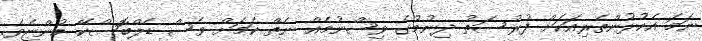
ނަމަ އެކުޅުންތެރިއަކަށް ފުރުސަތު ދިނުމުގެ ވިސްނުމެއް ނެތް ކަމަށް ވެސް ޑެލްބޮސްކޭ ބުންޏެވެ.